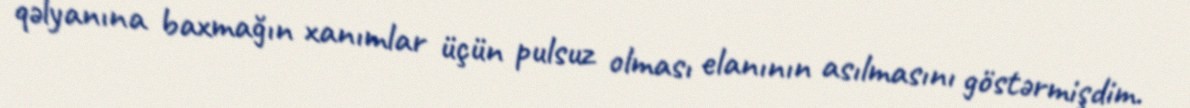
qəlyanına baxmağın xanımlar üçün pulsuz olması elanının asılmasını göstərmişdim.